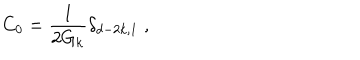
LaTeX: C _ { 0 } = \frac { 1 } { 2 G _ { k } } \delta _ { d - 2 k , 1 } \; ,